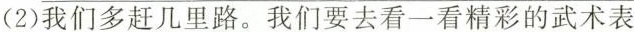
(2)我们多赶几里路。我们要去看一看精彩的武术表